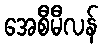
အေစီမီလန်